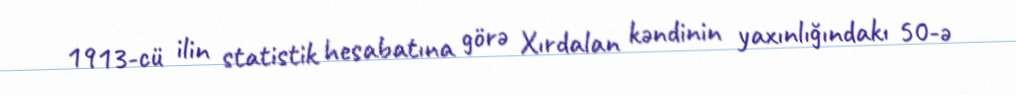
1913-cü ilin statistik hesabatına görə Xırdalan kəndinin yaxınlığındakı 50-ə